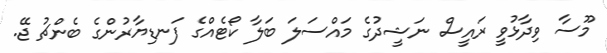
މޫސާ ވިދާޅުވީ ރައީސް ނަޝީދުގެ މައްސަލަ ބަލާ ކޯޓެއްގެ ފަނޑިޔާރުންގެ ބެންޗު ޖޭ.